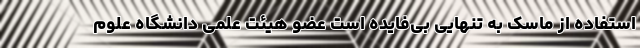
استفاده از ماسک به تنهایی بی‌فایده است عضو هیئت علمی دانشگاه علوم